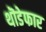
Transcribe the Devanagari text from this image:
थॊडेफार